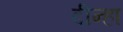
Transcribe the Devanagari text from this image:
दीन्हा